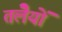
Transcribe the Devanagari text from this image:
तलेैयों